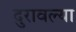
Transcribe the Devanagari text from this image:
दुरावल्या